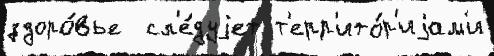
здоро́вье  сл'е́дуjет т'ерр'ито́р'иjам'и